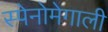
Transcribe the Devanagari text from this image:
स्पेनोमेगाली